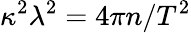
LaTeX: \kappa^{2}\lambda^{2}=4\pi n/T^{2}